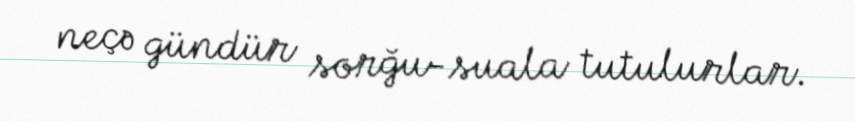
neçə gündür sorğu-suala tutulurlar.